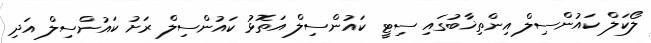
ލޯކަލް ކައުންސިލް އިންތިޚާބުގައި ސިޓީ ކައުންސިލް އަތޮޅު ކައުންސިލް ރަށު ކައުންސިލް އަދި